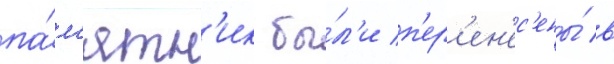
па́м'ятн'ик бы́л'и п'ер'ен'ес'ены́ в